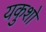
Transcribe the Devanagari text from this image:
यकुशो